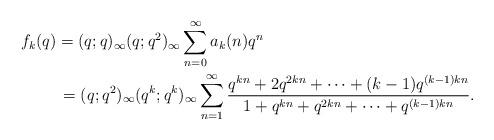
LaTeX: \begin{align*} &f_k(q) = (q;q)_\infty (q;q^2)_\infty \sum_{n=0}^\infty a_k(n)q^n\\ &\qquad\ =(q;q^2)_\infty (q^{k};q^{k})_\infty\sum_{n=1}^{\infty}\frac{q^{kn} + 2q^{2kn} +\dots+ (k-1)q^{(k-1)kn}}{1 + q^{kn} + q^{2kn} +\dots+ q^{(k-1)kn}}.\end{align*}